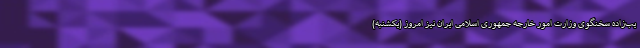
یب‌زاده سخنگوی وزارت امور خارجه جمهوری اسلامی ایران نیز امروز (یکشنبه)